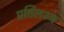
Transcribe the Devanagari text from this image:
प्रतिलभ्य